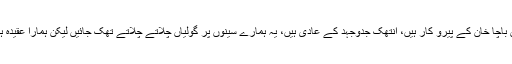
ہم عدم تشدد کے فخر افغان باچا خان کے پیرو کار ہیں، انتھک جدوجہد کے عادی ہیں، یہ ہمارے سینوں پر گولیاں چلاتے چلاتے تھک جائیں لیکن ہمارا عقیدہ ہے کہ جیت ہماری ہو گی۔